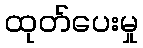
ထုတ်ပေးမှု